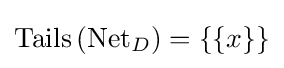
\operatorname {Tails} \left(\operatorname {Net} _{D}\right)=\{\{x\}\}